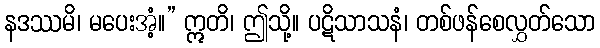
နဒဿမိ၊ မပေးအံ့။” ဣတိ၊ ဤသို့။ ပဋိသာသနံ၊ တစ်ဖန်စေလွှတ်သော